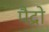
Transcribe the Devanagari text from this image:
पैद्रो